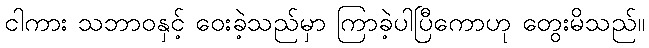
ငါကား သဘာဝနှင့် ဝေးခဲ့သည်မှာ ကြာခဲ့ပါပြီကောဟု တွေးမိသည်။